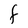
Character: F